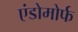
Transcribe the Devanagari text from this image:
एंडोमोर्फ